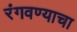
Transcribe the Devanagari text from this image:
रंगवण्याचा